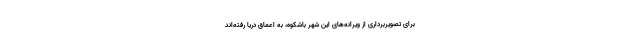
برای تصویربرداری از ویرانه‌های این شهر باشکوه، به اعماق دریا رفته‌اند